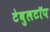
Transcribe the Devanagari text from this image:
टेबुलटॉप